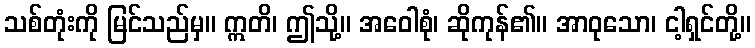
သစ်တုံးကို မြင်သည်မှ။ ဣတိ၊ ဤသို့။ အဝေါစုံ၊ ဆိုကုန်၏။ အာဝုသော၊ ငါ့ရှင်တို့။